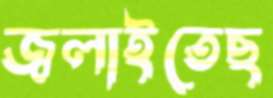
জ্বলাইতেছ